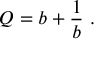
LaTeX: Q = b + { \frac { 1 } { b } } \ .